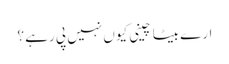
ارے بیٹا چینی کیوں نہیں پی رہے ؟